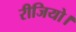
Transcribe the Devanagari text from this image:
रीजियो।